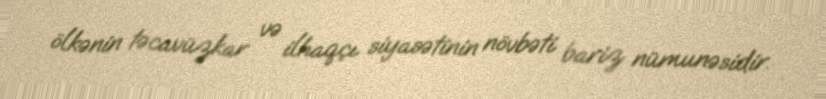
ölkənin təcavüzkar və ilhaqçı siyasətinin növbəti bariz nümunəsidir.